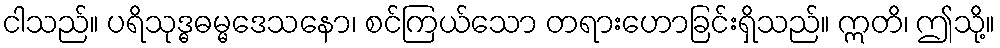
ငါသည်။ ပရိသုဒ္ဓဓမ္မဒေသနော၊ စင်ကြယ်သော တရားဟောခြင်းရှိသည်။ ဣတိ၊ ဤသို့။